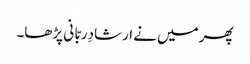
پھر میں نے ارشادِ ربّا نی پڑھا۔